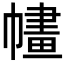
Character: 𢄶